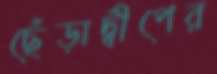
ছেঁড়াদ্বীপের